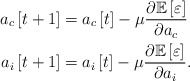
\begin{align*} a_c\left[t+1\right]&=a_c\left[t\right]-\mu\frac{\partial\mathbb{E}\left[\varepsilon\right]}{\partial a_c}\\ a_i\left[t+1\right]&=a_i\left[t\right]-\mu\frac{\partial\mathbb{E}\left[\varepsilon\right]}{\partial a_i}. \end{align*}